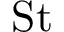
\mathrm { S t }